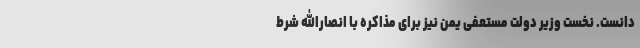
دانست. نخست وزیر دولت مستعفی یمن نیز برای مذاکره با انصارالله شرط